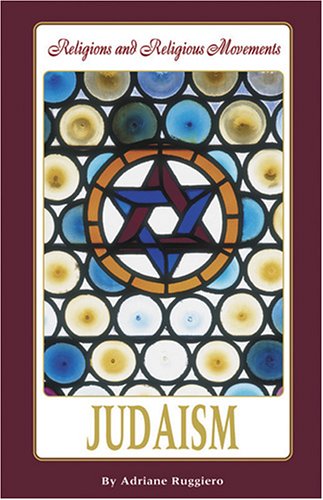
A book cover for Judaism (Religions and Religious Movements); Adriane Ruggiero; Teen & Young Adult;